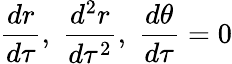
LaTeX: {\frac{dr}{d\tau}},\; {\frac{d^{2}r}{d\tau^{2}}},\; {\frac{d\theta}{d\tau}}=0